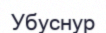
Убуснур